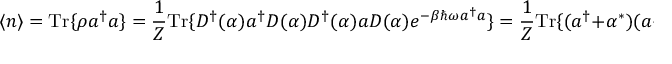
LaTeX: \langle n \rangle = { \mathrm { T r } } \{ \rho a ^ { \dagger } a \} = { \frac { 1 } { Z } } { \mathrm { T r } } \{ D ^ { \dagger } ( \alpha ) a ^ { \dagger } D ( { \alpha } ) D ^ { \dagger } ( \alpha ) a D ( \alpha ) e ^ { - \beta \hbar \omega a ^ { \dagger } a } \} = { \frac { 1 } { Z } } { \mathrm { T r } } \{ ( a ^ { \dagger } + \alpha ^ { * } ) ( a + \alpha ) e ^ { - \beta \hbar \omega a ^ { \dagger } a } \} =